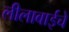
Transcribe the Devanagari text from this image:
लीलाबाईचे